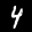
Label: 4